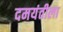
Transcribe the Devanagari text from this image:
दमयंतीला